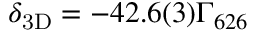
\ensuremath { \delta _ { \mathrm { 3 D } } } = - 4 2 . 6 ( 3 ) \ensuremath { \Gamma _ { 6 2 6 } }